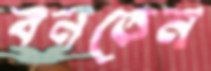
বনতেন